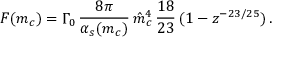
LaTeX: F ( m _ { c } ) = \Gamma _ { 0 } \, { \frac { 8 \pi } { \alpha _ { s } ( m _ { c } ) } } \, \hat { m } _ { c } ^ { 4 } \, { \frac { 1 8 } { 2 3 } } \, ( 1 - z ^ { - 2 3 / 2 5 } ) \, .